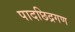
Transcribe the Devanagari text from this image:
पादछिद्रगण